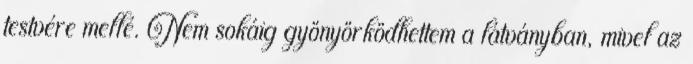
testvére mellé. Nem sokáig gyönyörködhettem a látványban, mivel az